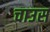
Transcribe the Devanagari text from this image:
चाउस